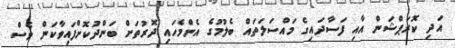
އަދި ކޮރަޕްޝަން އާއި ފަސާދައިގެ މައްސަލަތައް ބެލުމުގެ އެންމެހައި ދޮރުތަށް ބަންދުކޮށްފައިވާކަން ވެސް